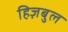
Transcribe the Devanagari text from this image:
हिज़बुल